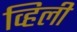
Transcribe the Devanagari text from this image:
व्हिली